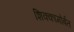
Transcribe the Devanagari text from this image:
शिक्कामोर्बत